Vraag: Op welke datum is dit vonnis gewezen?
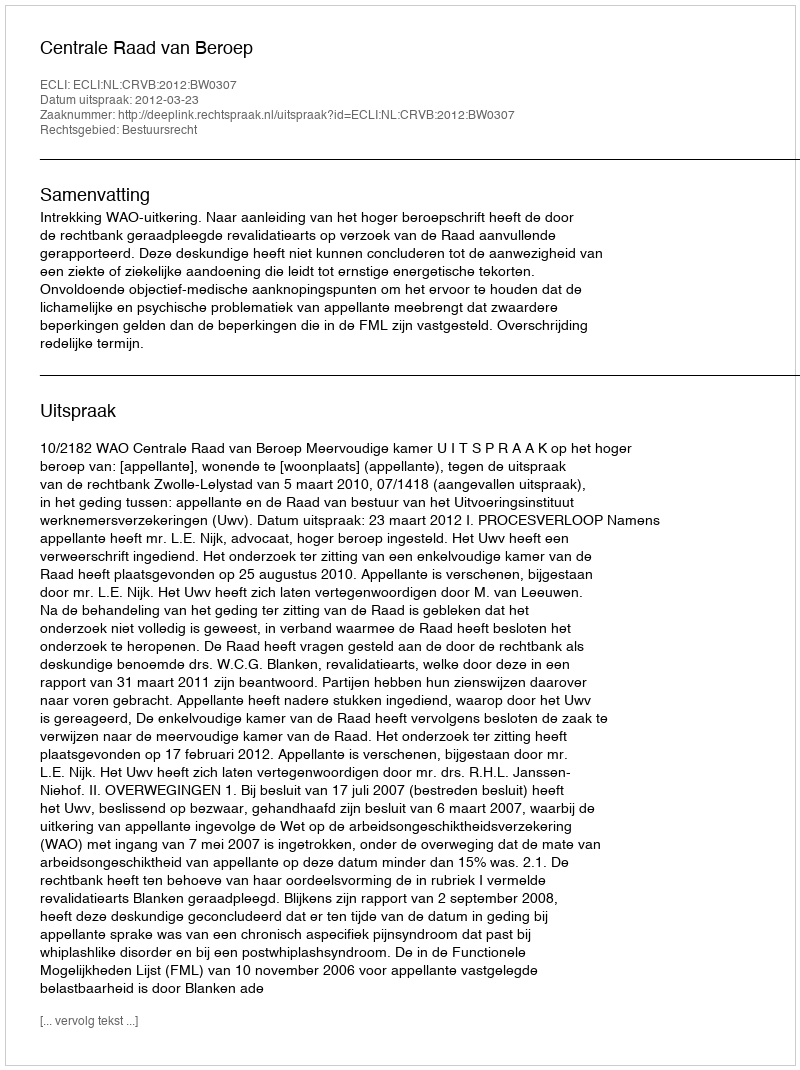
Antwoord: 2012-03-23